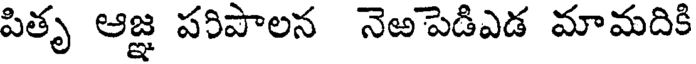
పితృ ఆజ్ఞ పరిపాలన నెఱపెడిఎడ మామదికి